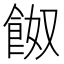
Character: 𩛂